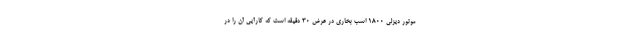
موتور دیزلی ۱۸۰۰ اسب بخاری در عرض ۳۰ دقیقه است که کارآیی آن را در